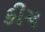
કીચ